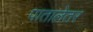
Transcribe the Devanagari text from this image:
पातालेतर